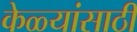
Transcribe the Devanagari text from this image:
केळ्यांसाठी